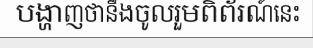
បង្ហាញថានឹងចូលរួមពិព័រណ៍នេះ